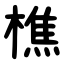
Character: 樵